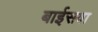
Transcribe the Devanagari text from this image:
बाईसवा